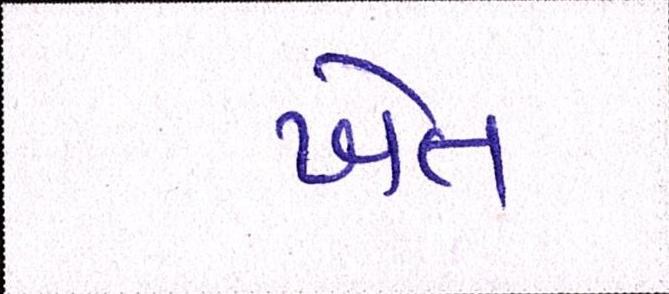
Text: ખેત